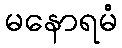
မနောရမံ